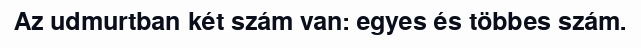
Az udmurtban két szám van: egyes és többes szám.